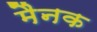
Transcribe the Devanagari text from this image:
मैनक